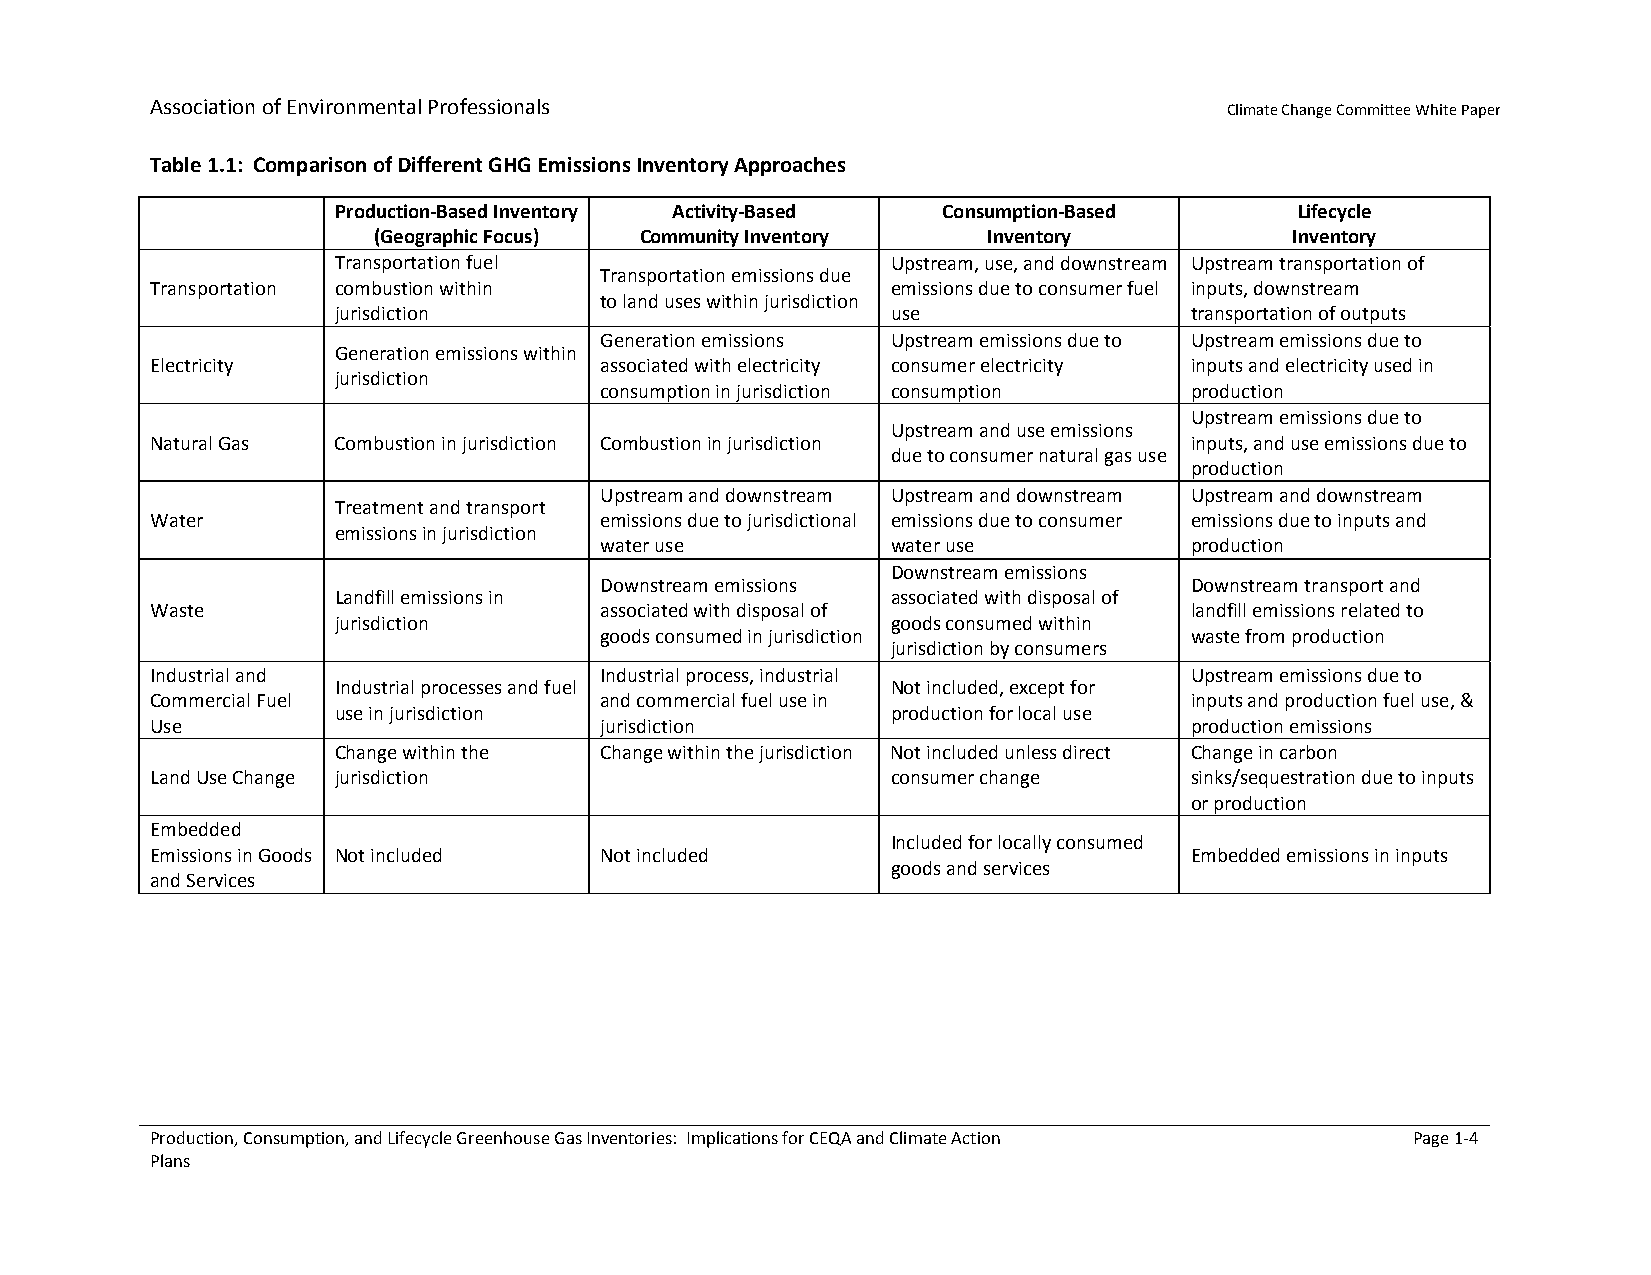
Association of Environmental Professionals
 Climate Change Committee White Paper
 Table 1.1: Comparison of Different GHG Emissions Inventory Approaches
 Production-Based Inventory Activity-Based Consumption-Based     Lifecycle
 (Geographic Focus) Community Inventory  Inventory            Inventory
 Transportation fuel                  Upstream, use, and downstream Upstream transportation of
 Transportation emissions due
 Transportation combustion within                 emissions due to consumer fuel inputs, downstream
 to land uses within jurisdiction
 jurisdiction                         use                 transportation of outputs
 Generation emissions Upstream emissions due to Upstreamemissions due to
 Generation emissions within
 Electricity                   associated with electricity consumer electricity inputs and electricity used in
 jurisdiction
 consumption in jurisdiction consumption production
 Upstream emissions due to
 Upstream and use emissions
 Natural Gas Combustion in jurisdiction Combustion in jurisdiction    inputs, and use emissions due to
 due to consumer natural gas use
 production
 Upstream and downstream Upstream and downstream Upstream and downstream
 Treatment and transport
 Water                         emissions due to jurisdictional emissions due to consumer emissions due to inputs and
 emissions in jurisdiction
 water use          water use           production
 Downstream emissions
 Downstream emissions                   Downstream transport and
 Landfill emissions in                associated with disposal of
 Waste                         associated with disposal of            landfill emissions related to
 jurisdiction                         goods consumed within
 goods consumed in jurisdiction         waste from production
 jurisdiction by consumers
 Industrial and                Industrial process, industrial         Upstream emissions due to
 Industrial processes and fuel        Not included, except for
 Commercial Fuel               and commercial fuel use in             inputs and production fuel use, &
 use in jurisdiction                  production for local use
 Use                           jurisdiction                           production emissions
 Change within the Change within the jurisdiction Not included unless direct Change in carbon
 Land Use Change jurisdiction                     consumer change     sinks/sequestration due to inputs
 or production
 Embedded
 Included for locally consumed
 Emissions in Goods Not included Not included                         Embedded emissions in inputs
 goods and services
 and Services
 Production, Consumption, and Lifecycle Greenhouse Gas Inventories: Implications for CEQA and Climate Action Page 1-4
 Plans